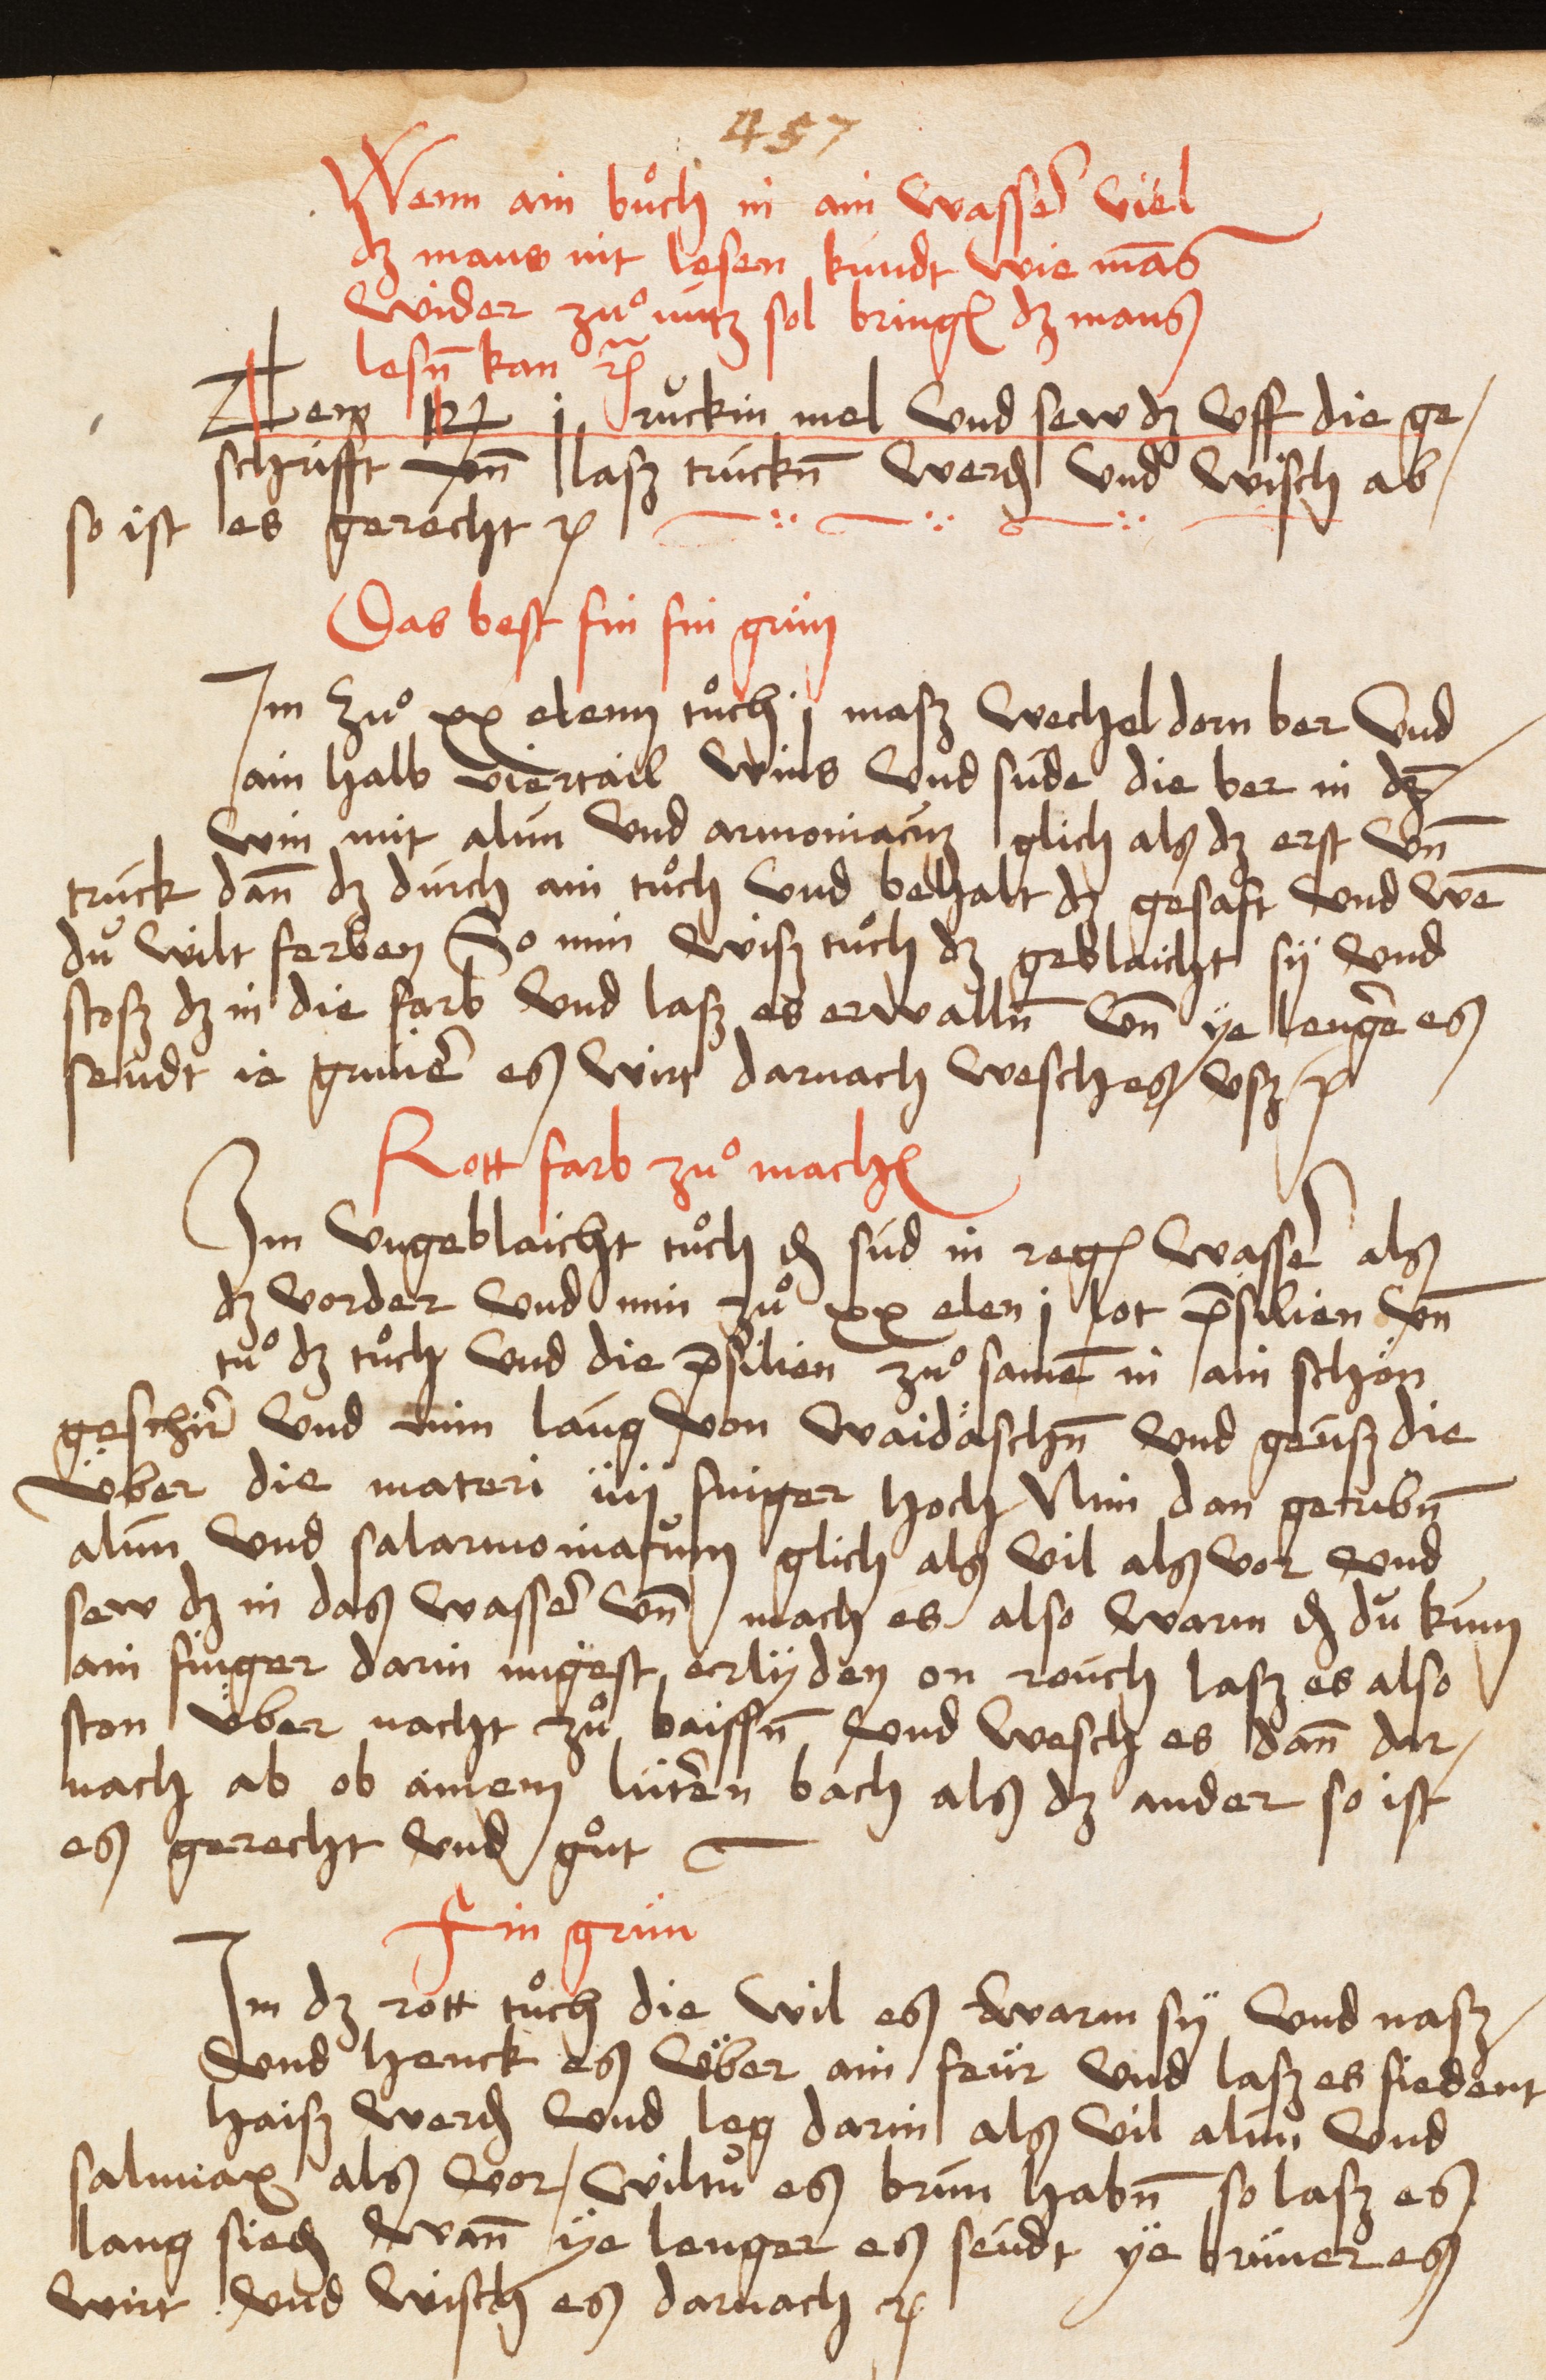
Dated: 1485–1515